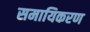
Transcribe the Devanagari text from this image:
समायिकरण